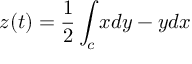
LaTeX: z ( t ) = { \frac { 1 } { 2 } } \int _ { c } x d y - y d x